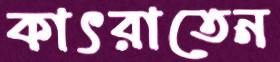
কাৎরাতেন